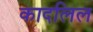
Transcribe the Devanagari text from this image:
कादलिल